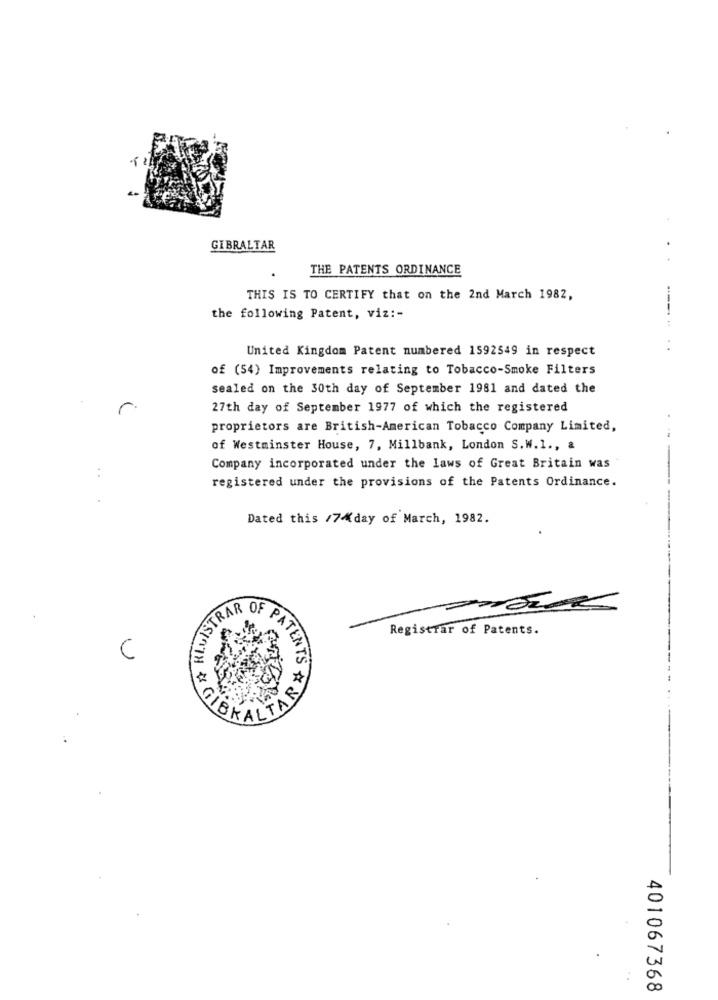
GIBRALTAR
THE PATENTS ORDINANCE
THIS IS TO CERTIFY that on the 2nd March 1982,
the following Patent, viz :-
----
United Kingdom Patent numbered 1592549 in respect
of (54) Improvements relating to Tobacco-Smoke Filters
sealed on the 30th day of September 1981 and dated the
27th day of September 1977 of which the registered
proprietors are British-American Tobacco Company Limited,
of Westminster House, 7, Millbank, London S. W.1 ., &
:
Company incorporated under the laws of Great Britain was
registered under the provisions of the Patents Ordinance.
Dated this /74day of March, 1982.
ISTRAR
OF
Registrar of Patents.
C
PATENTS
BRALTARE
401067368